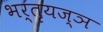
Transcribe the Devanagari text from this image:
भर्तृयज्ञ